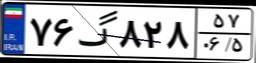
۲۶گ۸۴۹۳۱